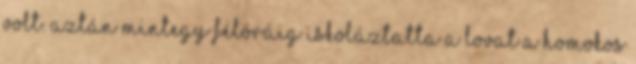
volt. Aztán mintegy félóráig iskoláztatta a lovat a homokos